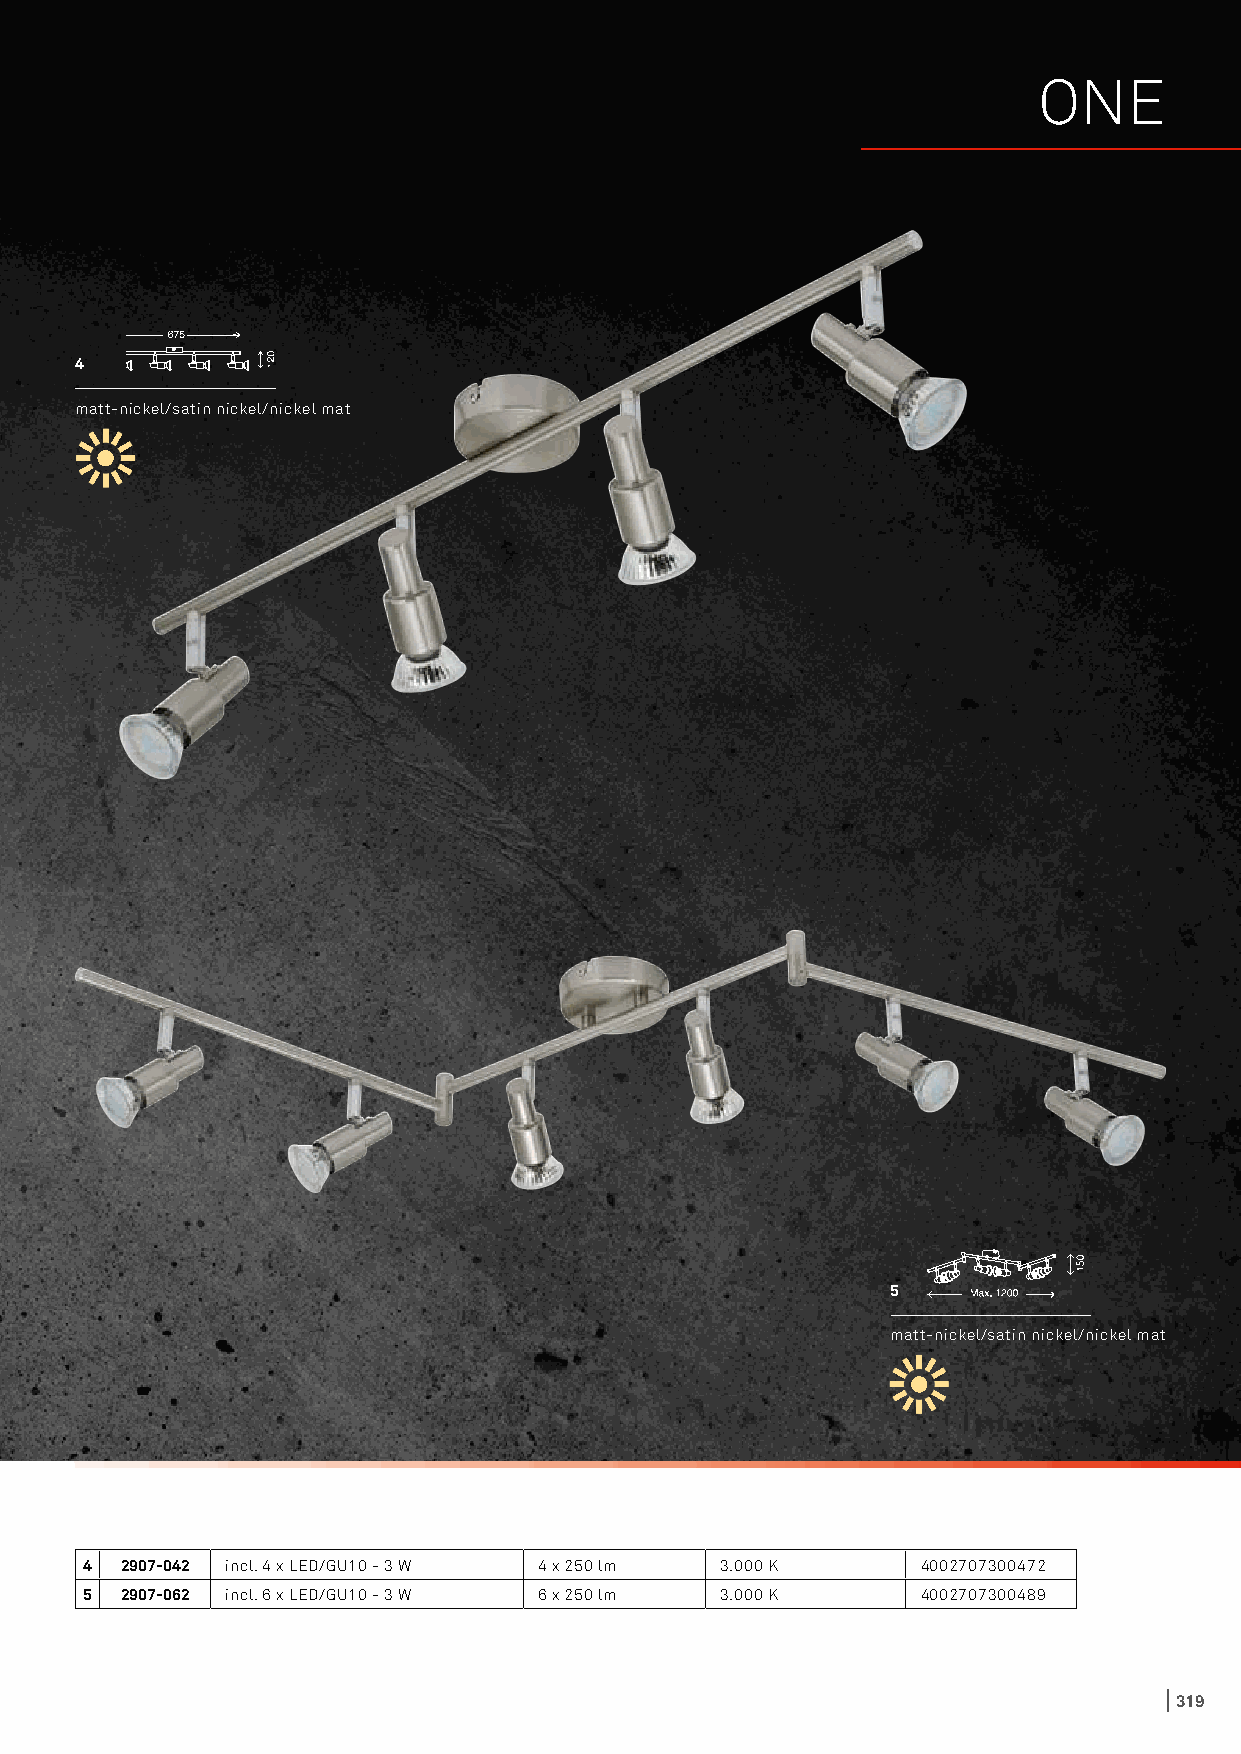
ONE
 4
 matt-nickel/satin nickel/nickel mat
 5
 matt-nickel/satin nickel/nickel mat
 4 2907-042 incl. 4 x LED/GU10 - 3 W 4 x 250 lm 3.000 K 4002707300472
 5 2907-062 incl. 6 x LED/GU10 - 3 W 6 x 250 lm 3.000 K 4002707300489
 319